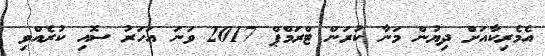
އެމެރިކާއަށް ދިޔުން މަނާ ކުރަން ޓްރަމްޕް 2017 ވަނަ އަހަރު ސޮއި ކުރެއްވި